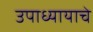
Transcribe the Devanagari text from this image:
उपाध्यायाचे